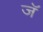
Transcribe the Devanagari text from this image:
जॅ